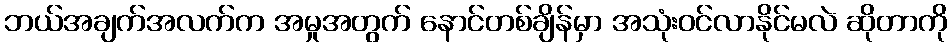
ဘယ်အချက်အလက်က အမှုအတွက် နောင်တစ်ချိန်မှာ အသုံးဝင်လာနိုင်မလဲ ဆိုတာကို